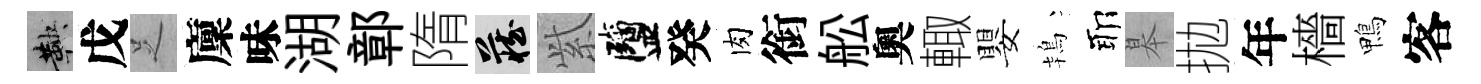
鞅戊𠯁廩味湖鄣隋藏𬗋鹽癸肉銜舩奧輙嬰鴇耶皋拋年檣鴨客